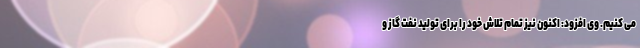
می کنیم. وی افزود: اکنون نیز تمام تلاش خود را برای تولید نفت گاز و